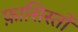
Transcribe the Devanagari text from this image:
फ़ासिस्तों